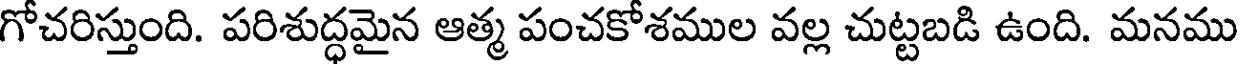
గోచరిస్తుంది. పరిశుద్ధమైన ఆత్మ పంచకోశముల వల్ల చుట్టబడి ఉంది. మనము